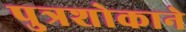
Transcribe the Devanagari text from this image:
पुत्रशोकाने